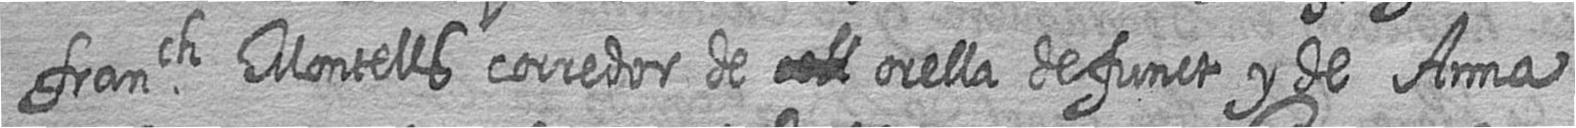
franch Montells corredor de orella defunct y de Anna